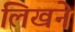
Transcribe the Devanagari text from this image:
लिखने